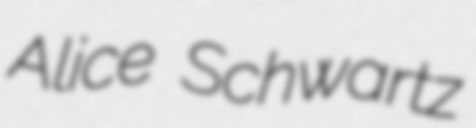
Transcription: Alice Schwartz